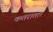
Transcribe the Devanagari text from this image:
कतराता।